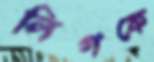
লিগকে